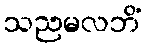
သညမလဘိံ